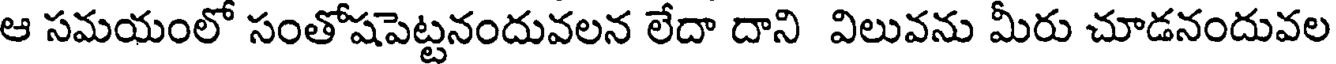
ఆ సమయంలో సంతోషపెట్టనందువలన లేదా దాని విలువను మీరు చూడనందువల